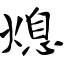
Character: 熄